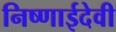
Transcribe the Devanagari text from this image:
निष्णाईदेवी